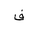
Letter: _fa